Inquiry into the circumstances attending an outbreak of cholera in H. M.'s 18th Hussars at Secunderabad in the month of May
Year: 1871
Disease focus: Cholera
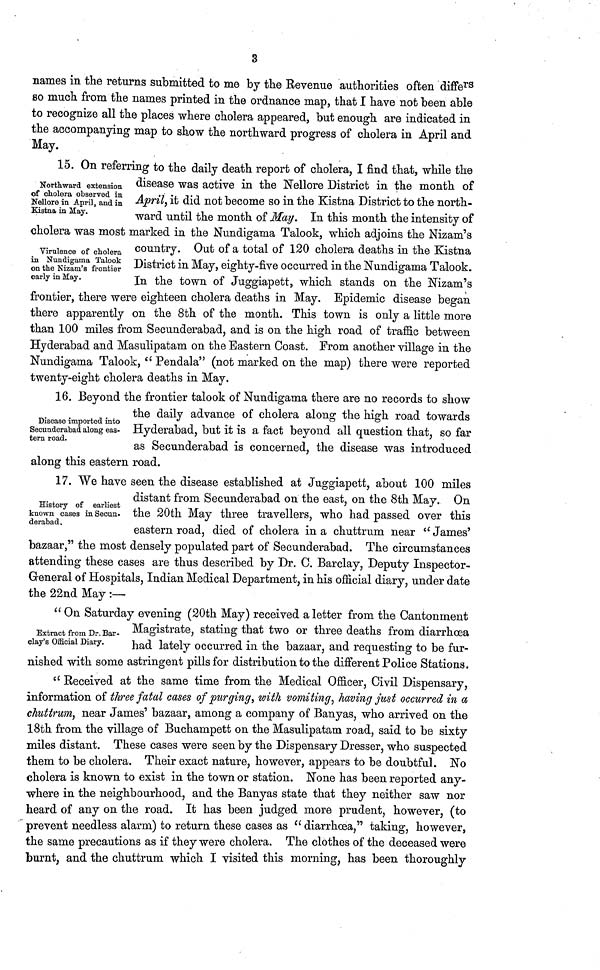
3
names in the returns submitted to me by the Revenue authorities often diffe rs
so much from the names printed in the ordnance map, that I have not been able
to recognize all the places where cholera appeared, but enough are indicated in
the accompanying map to show the northward progress of cholera in April and
May.
Northward extension
of cholera observed in
Nellore in April, and in
Kistna in May.
15. On referring to the daily death report of cholera, I find that, while the
Virulence of cholera
in Nundigama Talook
on the Nizam's frontier
early in Hay.
disease was active in the Nellore District in the month of
April, it did not become so in the Kistna District to the north-
ward until the month of May. In this month the intensity of
cholera was most marked in the Nundigama Talook, which adjoins the Nizam's
country. Out of a total of 120 cholera deaths in the Kistna
District in May, eighty-five occurred in the Nundigama Talook.
In the town of Juggiapett, which stands on the Nizam's
frontier, there were eighteen cholera deaths in May. Epidemic disease began
there apparently on the 8th of the month. This town is only a little more
than 100 miles from Secunderabad, and is on the high road of traffic between
Hyderabad and Masulipatam on the Eastern Coast. From another village in the
Nundigama Talook, " Pendala" (not marked on the map) there were reported
twenty-eight cholera deaths in May.
Disease imported into
Secunderabad along eas-
tern road.
16. Beyond the frontier talook of Nundigama there are no records to show
the daily advance of cholera along the high road towards
Hyderabad, but it is a fact beyond all question that, so far
as Secunderabad is concerned, the disease was introduced
along this eastern road.
History of earliest
known cases in Secun·
derabad.
Extract from Dr. Bar-
clay's Official Diary.
17. We have seen the disease established at Juggiapett, about 100 miles
distant from Secunderabad on the east, on the 8th May. On
the 20th May three travellers, who had passed over this
eastern road, died of cholera in a chuttrum near " James'
bazaar," the most densely populated part of Secunderabad. The circumstances
attending these cases are thus described by Dr. C. Barclay, Deputy Inspector-
Greneral of Hospitals, Indian Medical Department, in his official diary, under date
the 22nd May :—
" On Saturday evening (20th May) received a letter from the Cantonment
Magistrate, stating that two or three deaths from diarrhoea
had lately occurred in the bazaar, and requesting to be fur-
nished with some astringent pills for distribution to the different Police Stations.
" Received at the same time from the Medical Officer, Civil Dispensary,
information of three fatal cases of purging, with vomiting·, having just occurred in a,
chuttrum, near James' bazaar, among a company of Banyas, who arrived on the
18th from, the village of Buchampett on the Masulipatam road, said to be sixty
miles distant. These cases were seen by the Dispensary Dresser, who suspected
them to be cholera. Their exact nature, however, appears to be doubtful. No
cholera is known to exist in the town or station. None has been reported any-
where in the neighbourhood, and the Banyas state that they neither saw nor
heard of any on the road. It has been judged more prudent, however, (to
prevent needless alarm) to return these cases as " diarrhœa," taking, however,
the same precautions as if they were cholera. The clothes of the deceased were
burnt, and the chuttrum which I visited this morning, has been thoroughly